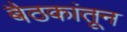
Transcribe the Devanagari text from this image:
बैठकांतून